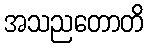
အသညတောတိ